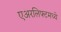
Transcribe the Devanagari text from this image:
एअरलिफ्टमध्ये